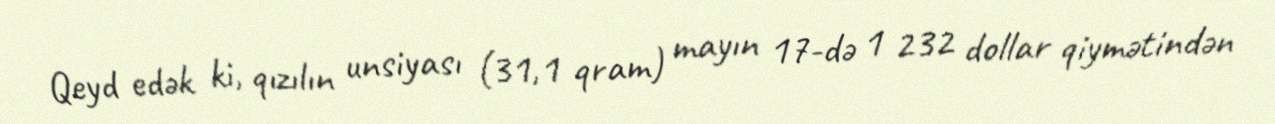
Qeyd edək ki, qızılın unsiyası (31,1 qram) mayın 17-də 1 232 dollar qiymətindən